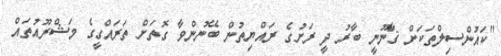
"ކައުންސިލްތަކަށް ޤާނޫނީ ބާރު ދީ ރަށުގެ ރައްޔިތުން ބޭނުންވާ ގޮތަށް ތަރައްގީގެ މަޝްރޫއުތައް